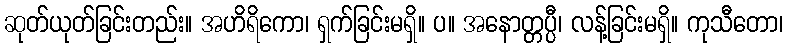
ဆုတ်ယုတ်ခြင်းတည်း။ အဟိရိကော၊ ရှက်ခြင်းမရှိ။ ပ။ အနောတ္တပ္ပီ၊ လန့်ခြင်းမရှိ။ ကုသီတော၊